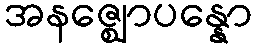
အနဇ္ဈောပန္နော